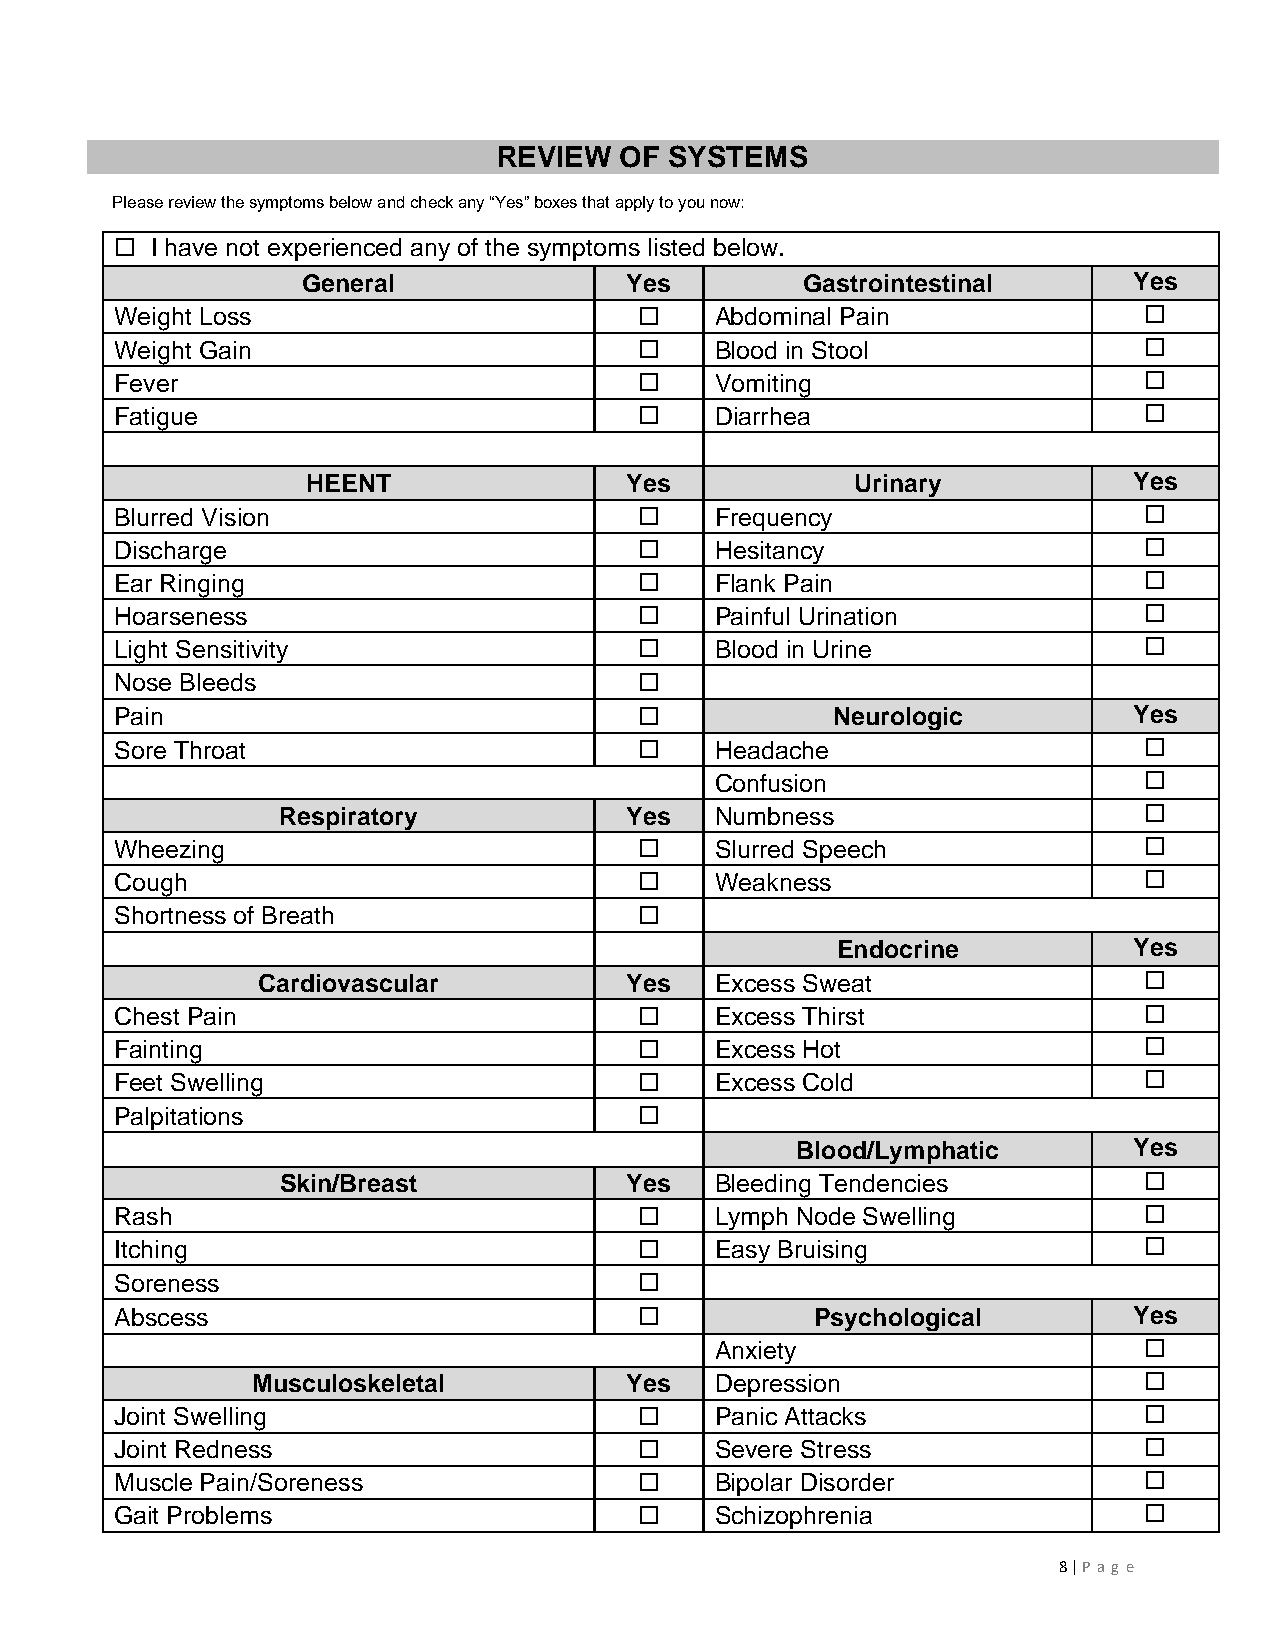
REVIEW  OF SYSTEMS
 Please review the symptoms below and check any “Yes” boxes that apply to you now:
  I have not experienced any of the symptoms listed below.
 General              Yes         Gastrointestinal      Yes
 Weight Loss                           Abdominal Pain               
 Weight Gain                           Blood in Stool               
 Fever                                 Vomiting                     
 Fatigue                               Diarrhea                     
 HEENT                Yes             Urinary           Yes
 Blurred Vision                        Frequency                    
 Discharge                             Hesitancy                    
 Ear Ringing                           Flank Pain                   
 Hoarseness                            Painful Urination            
 Light Sensitivity                     Blood in Urine               
 Nose Bleeds                       
 Pain                                          Neurologic          Yes
 Sore Throat                           Headache                     
 Confusion                    
 Respiratory            Yes   Numbness                     
 Wheezing                              Slurred Speech               
 Cough                                 Weakness                     
 Shortness of Breath               
 Endocrine           Yes
 Cardiovascular          Yes   Excess Sweat                 
 Chest Pain                            Excess Thirst                
 Fainting                              Excess Hot                   
 Feet Swelling                         Excess Cold                  
 Palpitations                      
 Blood/Lymphatic       Yes
 Skin/Breast           Yes   Bleeding Tendencies          
 Rash                                  Lymph Node Swelling          
 Itching                               Easy Bruising                
 Soreness                          
 Abscess                                      Psychological        Yes
 Anxiety                      
 Musculoskeletal         Yes   Depression                   
 Joint Swelling                        Panic Attacks                
 Joint Redness                         Severe Stress                
 Muscle Pain/Soreness                  Bipolar Disorder             
 Gait Problems                         Schizophrenia                
 8 | P ag e